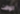
الوقت